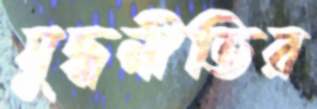
যুদ্ধনীতির